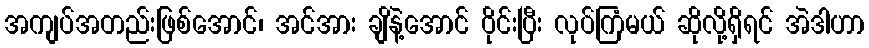
အကျပ်အတည်းဖြစ်အောင်၊ အင်အား ချိနဲ့အောင် ဝိုင်းပြီး လုပ်ကြံမယ် ဆိုလို့ရှိရင် အဲဒါဟာ